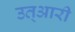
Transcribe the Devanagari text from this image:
उत्आरी